Burma Government Medical School reports 1923-41
Year: 1923
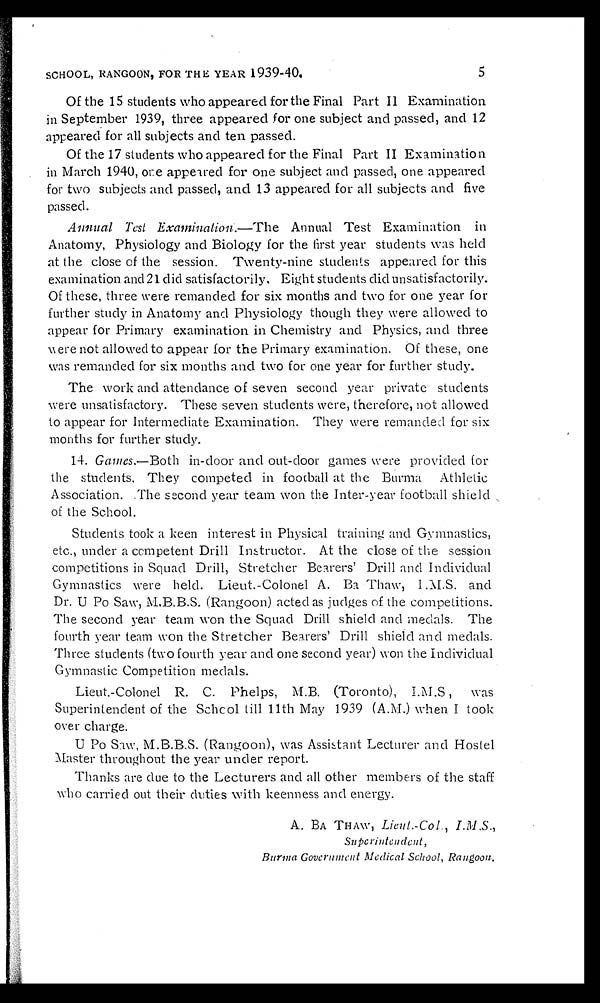
SCHOOL, RANGOON, FOR THE YEAR 1939-40.
5
Of the 15 students who appeared for the Final Part II Examination
in September 1939, three appeared for one subject and passed, and 12
appeared for all subjects and ten passed.
Of the 17 students who appeared for the Final Part II Examination
in March 1940, one appeared for one subject and passed, one appeared
for two subjects and passed, and 13 appeared for all subjects and five
passed.
Annual Test Examination.—The Annual Test Examination in
Anatomy, Physiology and Biology for the first year students was held
at the close of the session. Twenty-nine students appeared for this
examination and 21 did satisfactorily. Eight students did unsatisfactorily.
Of these, three were remanded for six months and two for one year for
further study in Anatomy and Physiology though they were allowed to
appear for Primary examination in Chemistry and Physics, and three
were not allowed to appear for the Primary examination. Of these, one
was remanded for six months and two for one year for further study.
The work and attendance of seven second year private students
were unsatisfactory. These seven students were, therefore, not allowed
to appear for Intermediate Examination. They were remanded for six
months for further study.
14. Games.—Both in-door and out-door games were provided for
the students. They competed in football at the Burma Athletic
Association. The second year team won the Inter-year football shield
of the School.
Students took a keen interest in Physical training and Gymnastics,
etc., under a competent Drill Instructor. At the close of the session
competitions in Squad Drill, Stretcher Bearers' Drill and Individual
Gymnastics were held. Lieut.-Colonel A. Ba Thaw, I .M.S. and
Dr. U Po Saw, M,B.B.S. (Rangoon) acted as judges of the competitions.
The second year team won the Squad Drill shield and medals. The
fourth year team won the Stretcher Bearers' Drill shield and medals.
Three students (two fourth year and one second year) won the individual
Gymnastic Competition medals.
Lieut.-Colonel R. C. Phelps, M.B. (Toronto), I.M.S , was
Superintendent of the School till 11th May 1939 (A.M.) when I took
over charge.
U Po Saw, M.B.B.S. (Rangoon), was Assistant Lecturer and Hostel
Master throughout the year under report.
Thanks are due to the Lecturers and all other members of the staff
who carried out their duties with keenness and energy.
A. BA THAW, Lieut.-Col., I.M.S.,
Superintendent,
Burma Government Medical School, Rangoon.